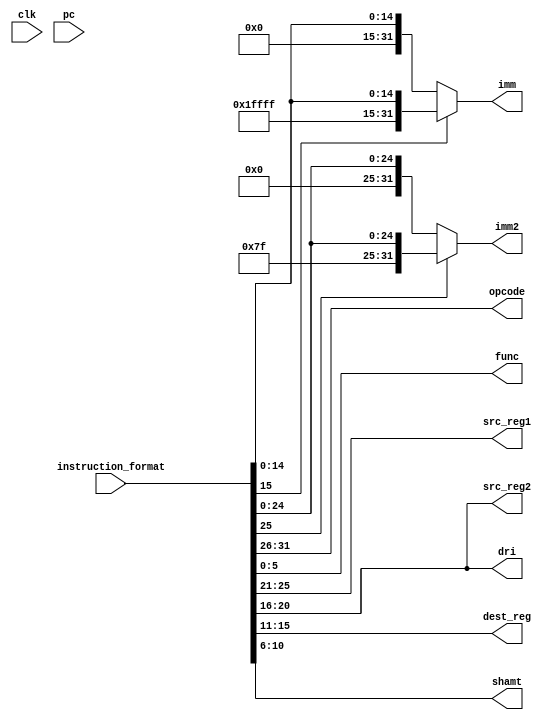

module IF(clk,pc,opcode,instruction_format,func,src_reg1,src_reg2,dest_reg,shamt,imm,dri,imm2);
input clk;
input [31:0] pc;
input [31:0] instruction_format;
output [5:0] opcode;
output [4:0] src_reg1;
output [4:0] src_reg2;
output [4:0] dest_reg;
output [5:0] func;
output [4:0] shamt;
output [31:0] imm;
output [31:0] imm2;
output [4:0] dri;
assign src_reg1 = instruction_format[25:21];
assign src_reg2 = instruction_format[20:16];
assign dest_reg = instruction_format[15:11];
assign shamt = instruction_format[10:6];
assign imm = (instruction_format[15]==1'b1)?{{32-16{1'b1}},instruction_format[15:0]}:{{32-16{1'b0}},instruction_format[15:0]};
assign dri = instruction_format[20:16];
assign imm2 = (instruction_format[25]==1'b1)?{{32-26{1'b1}},instruction_format[25:0]}:{{32-26{1'b0}},instruction_format[25:0]};
assign func=instruction_format[5:0];
assign opcode = instruction_format[31:26];
endmodule